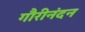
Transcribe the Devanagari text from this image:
गौरीनंदन